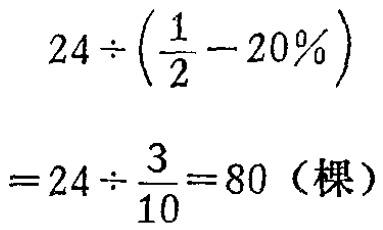
\[
\begin{align*}
&24\div(\frac{1}{2} - 20\%)\\
=&24\div\frac{3}{10}=80 \text{（棵）}
\end{align*}
\]